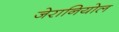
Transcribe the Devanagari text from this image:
जेरानियोल